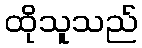
ထိုသူသည်